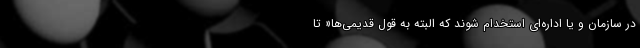
در سازمان و یا اداره‌ای استخدام شوند که البته به قول قدیمی‌ها« تا